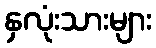
နှလုံးသားများ